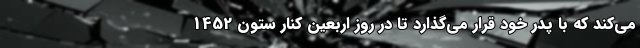
می‌کند که با پدر خود قرار می‌گذارد تا در روز اربعین کنار ستون 1452